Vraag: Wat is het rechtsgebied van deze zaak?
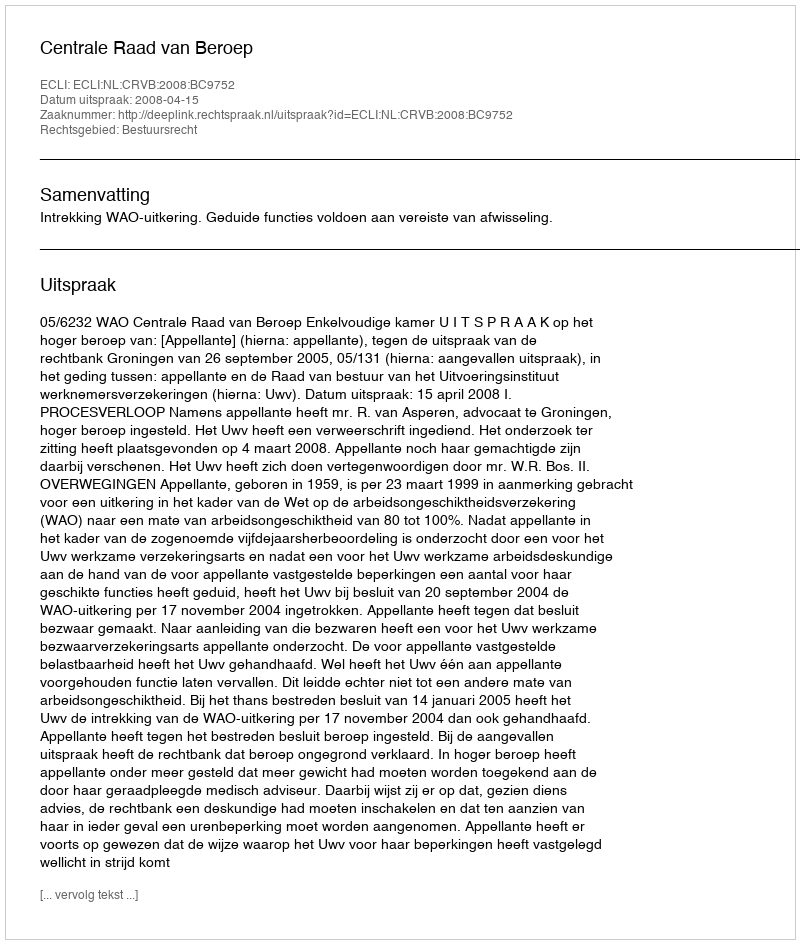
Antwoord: Bestuursrecht